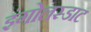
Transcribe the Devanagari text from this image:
इंगोलस्डाट